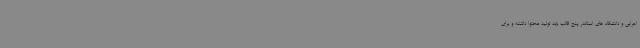
اجرایی و دانشگاه های استاندر پنج قالب باید تولید محتوا داشته و برای